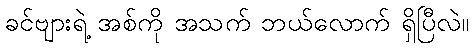
ခင်ဗျားရဲ့ အစ်ကို အသက် ဘယ်လောက် ရှိပြီလဲ။